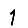
Digit: 1